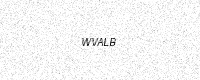
Text: WVALB